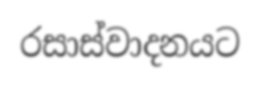
රසාස්වාදනයට